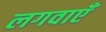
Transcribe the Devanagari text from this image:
लगवाएँ